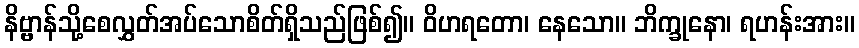
နိဗ္ဗာန်သို့စေလွှတ်အပ်သောစိတ်ရှိသည်ဖြစ်၍။ ဝိဟရတော၊ နေသော။ ဘိက္ခုနော၊ ရဟန်းအား။